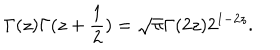
\Gamma ( z ) \Gamma ( z + \frac 1 2 ) = \sqrt { \pi } \Gamma ( 2 z ) 2 ^ { 1 - 2 z } .